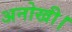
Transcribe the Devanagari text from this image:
अनोखी।